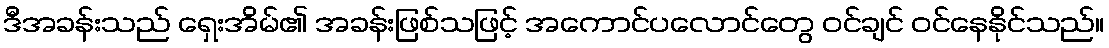
ဒီအခန်းသည် ရှေးအိမ်၏ အခန်းဖြစ်သဖြင့် အကောင်ပလောင်တွေ ဝင်ချင် ဝင်နေနိုင်သည်။